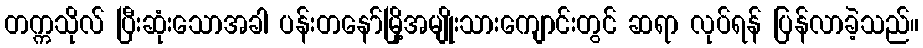
တက္ကသိုလ် ပြီးဆုံးသောအခါ ပန်းတနော်မြို့အမျိုးသားကျောင်းတွင် ဆရာ လုပ်ရန် ပြန်လာခဲ့သည်။